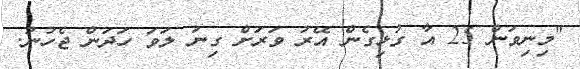
"މިނިވަން 25 އާ ގުޅިގެން އޭރު ވަރަށް ގިނަ ލަވަ ހަދަން ޖެހުނު.